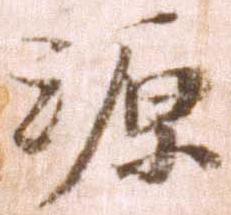
源